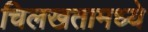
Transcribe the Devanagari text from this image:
चिलखतामध्ये